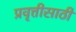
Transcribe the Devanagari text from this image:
प्रवृत्तीसाठी